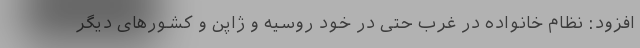
افزود: نظام خانواده در غرب حتی در خود روسیه و ژاپن و کشورهای دیگر